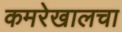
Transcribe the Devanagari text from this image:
कमरेखालचा